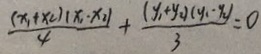
\frac { ( x _ { 1 } + x _ { 2 } ) ( x _ { 1 } - x _ { 2 } ) } { 4 } + \frac { ( y _ { 1 } + y 2 ) ( y _ { 1 } - y _ { 2 } ) } { 3 } = 0